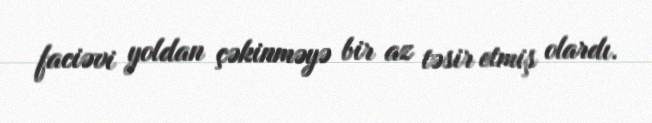
faciəvi yoldan çəkinməyə bir az təsir etmiş olardı.